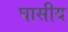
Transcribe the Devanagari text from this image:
घासीय